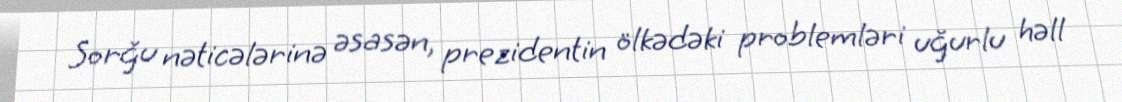
Sorğu nəticələrinə əsasən, prezidentin ölkədəki problemləri uğurlu həll